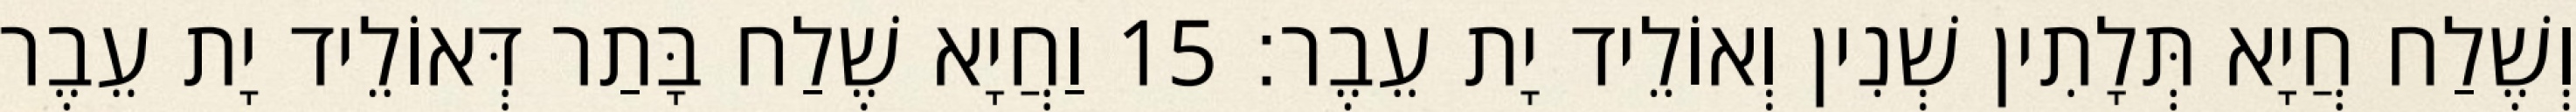
וְשֶׁלַח חֲיָא תְּלָתִין שְׁנִין וְאוֹלֵיד יָת עֵבֶר׃ 15 וַחֲיָא שֶׁלַח בָּתַר דְּאוֹלֵיד יָת עֵבֶר